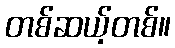
တစ်ဆယ့်တစ်။